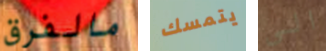
مالفرق يتمسك الى